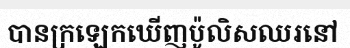
បានក្រឡេកឃើញប៉ូលិសឈរនៅ